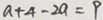
a + 4 - 2 a = 9